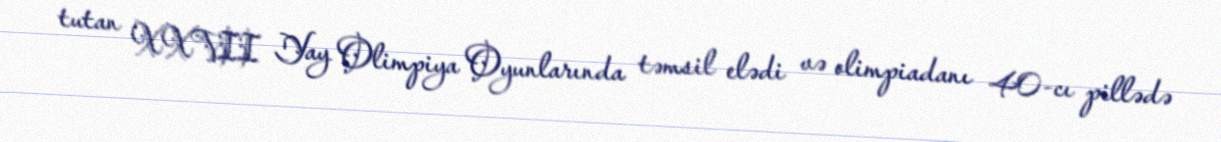
tutan XXVII Yay Olimpiya Oyunlarında təmsil elədi və olimpiadanı 40-cı pillədə